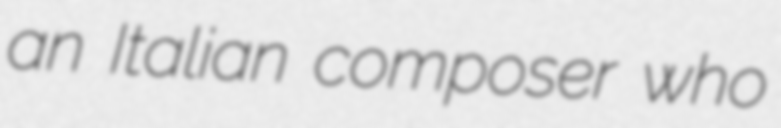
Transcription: an Italian composer who